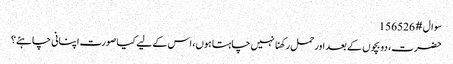
سوال # 156526
حضرت، دو بچوں کے بعد اور حمل رکھنا نہیں چاہتا ہوں، اس کے لیے کیا صورت اپنانی چاہئے؟